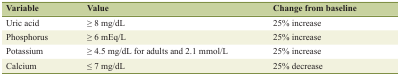
<table><thead><tr><td><b>Variable</b></td><td><b>Value</b></td><td><b>Change from baseline</b></td></tr></thead><tbody><tr><td>Uric acid</td><td>≥ 8 mg/dL</td><td>25% increase</td></tr><tr><td>Phosphorus</td><td>≥ 6 mEq/L</td><td>25% increase</td></tr><tr><td>Potassium</td><td>≥ 4.5 mg/dL for adults and 2.1 mmol/L</td><td>25% increase</td></tr><tr><td>Calcium</td><td>≤ 7 mg/dL</td><td>25% decrease</td></tr></tbody></table>